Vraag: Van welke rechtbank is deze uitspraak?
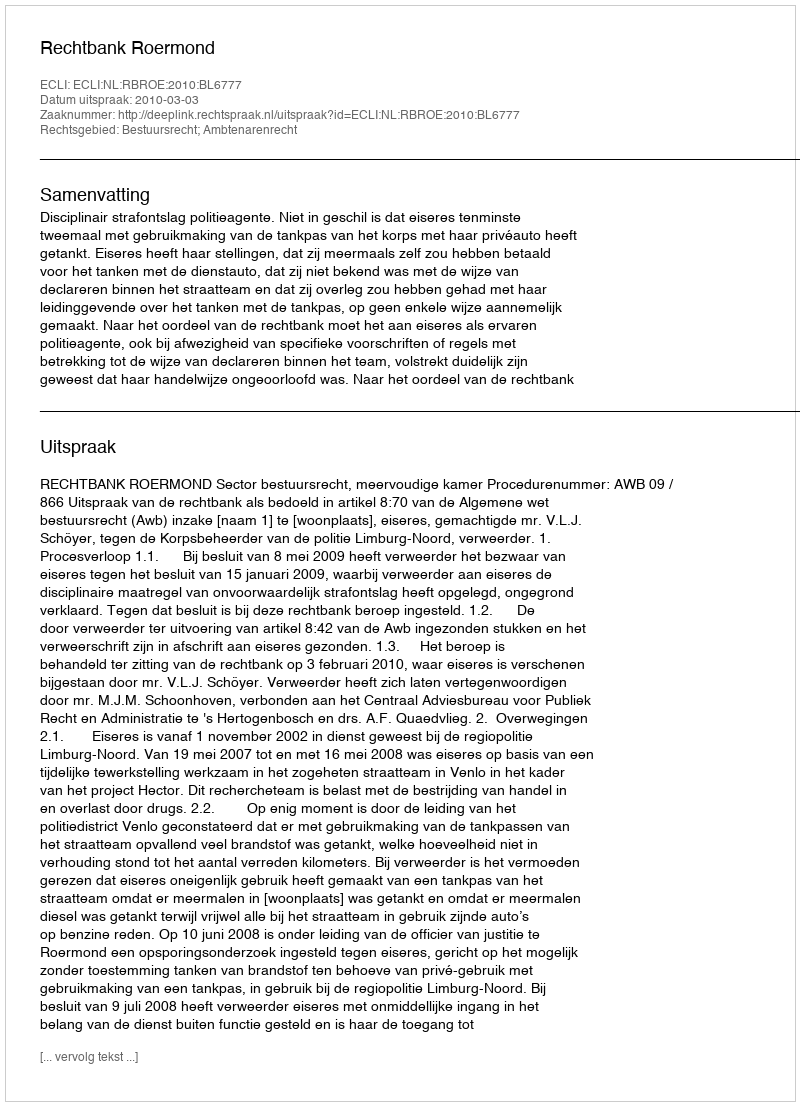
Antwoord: Rechtbank Roermond